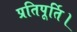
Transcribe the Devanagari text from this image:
प्रतिपूर्ति।